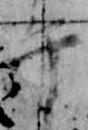
午